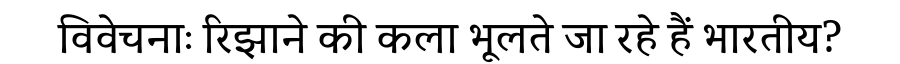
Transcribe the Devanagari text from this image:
विवेचनाः रिझाने की कला भूलते जा रहे हैं भारतीय?